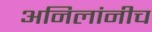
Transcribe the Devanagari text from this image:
अनिलांनीच